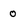
Character: 0